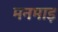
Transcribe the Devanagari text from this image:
मनमाड़